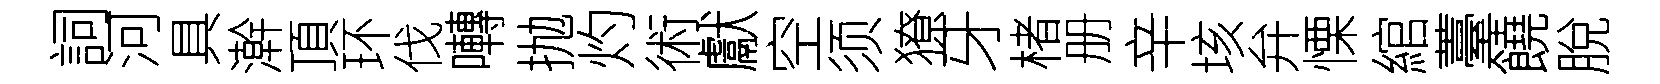
詞河具澣頂环伐囀抛灼術獻空须獠牙楮册辛垓弁慄綰薹饒脫